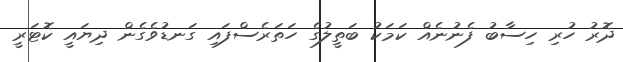
ދޮރު ހުރި ހިސާބު ފެނުނެއް ކަމަކު ބަތީލުގެ ހަތަރެސްފައި ގަނޑުވެގެން ދިޔައީ ކޮޓަރީ